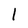
Character: l